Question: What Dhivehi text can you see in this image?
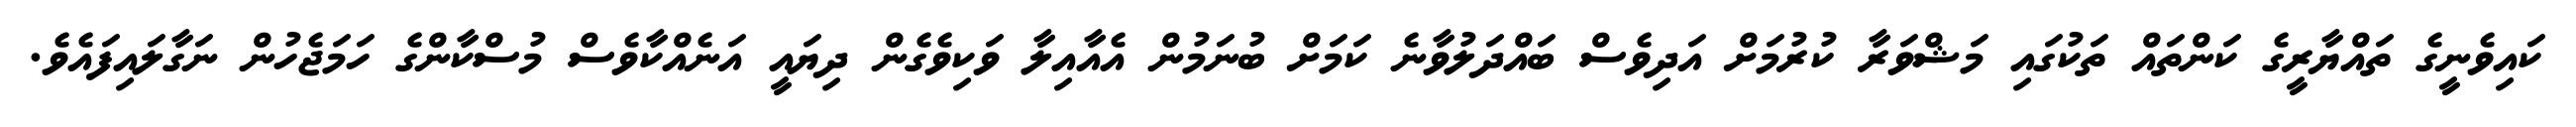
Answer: ކައިވެނީގެ ތައްޔާރީގެ ކަންތައް ތަކުގައި މަޝްވަރާ ކުރުމަށް އަދިވެސް ބައްދަލުވާނެ ކަމަށް ބުނަމުން އެއާއިލާ ވަކިވެގެން ދިޔައީ އަނެއްކާވެސް މުސްކާންގެ ހަމަޖެހުން ނަގާލައިފައެވެ.